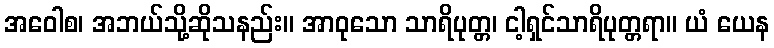
အဝေါစ၊ အဘယ်သို့ဆိုသနည်း။ အာဝုသော သာရိပုတ္တ၊ ငါ့ရှင်သာရိပုတ္တရာ။ ယံ ယေန